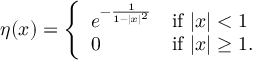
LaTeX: \eta ( x ) = { \left\{ \begin{array} { l l } { e ^ { - { \frac { 1 } { 1 - | x | ^ { 2 } } } } } & { { \mathrm { i f ~ } } | x | < 1 } \\ { 0 } & { { \mathrm { i f ~ } } | x | \geq 1 . } \end{array} \right. }